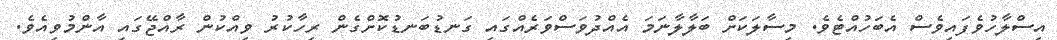
އިސްލާހުވެފައިވެސް އެބަހުއްޓެވެ. މިސާލަކަށް ބަލާލާނަމަ އެއްދުވަސްވަރެއްގައި ގަނޑުބަނޑުކޮށްގެން ރިހާކުރު ވިއްކުން ރާއްޖޭގައި އާންމުވިއެވެ.